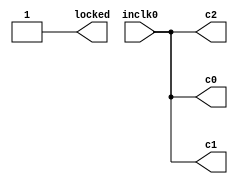
// megafunction wizard: %ALTPLL%
// GENERATION: STANDARD
// VERSION: WM1.0
// MODULE: altpll 

// ============================================================
// Megafunction Name(s):
// 			altpll
//
// Simulation Library Files(s):
// 			altera_mf
// ============================================================
// ************************************************************
// THIS IS A WIZARD-GENERATED FILE. DO NOT EDIT THIS FILE!
//
// 18.0.0 Build 614 04/24/2018 SJ Lite Edition
// ************************************************************


//Copyright (C) 2018  Intel Corporation. All rights reserved.
//Your use of Intel Corporation's design tools, logic functions 
//and other software and tools, and its AMPP partner logic 
//functions, and any output files from any of the foregoing 
//(including device programming or simulation files), and any 
//associated documentation or information are expressly subject 
//to the terms and conditions of the Intel Program License 
//Subscription Agreement, the Intel Quartus Prime License Agreement,
//the Intel FPGA IP License Agreement, or other applicable license
//agreement, including, without limitation, that your use is for
//the sole purpose of programming logic devices manufactured by
//Intel and sold by Intel or its authorized distributors.  Please
//refer to the applicable agreement for further details.


// synopsys translate_off
`timescale 1 ps / 1 ps
// synopsys translate_on
module pll (
	inclk0,
	c0,
	c1,
	c2,
	locked);

	input	  inclk0;
	output	  c0;
	output	  c1;
	output	  c2;
	output	  locked;
	
	assign c0 = inclk0;
	assign c1 = inclk0;
	assign c2 = inclk0;
	assign locked = 1'b1;

//	wire [0:0] sub_wire2 = 1'h0;
//	wire [4:0] sub_wire3;
//	wire  sub_wire7;
//	wire  sub_wire0 = inclk0;
//	wire [1:0] sub_wire1 = {sub_wire2, sub_wire0};
//	wire [2:2] sub_wire6 = sub_wire3[2:2];
//	wire [1:1] sub_wire5 = sub_wire3[1:1];
//	wire [0:0] sub_wire4 = sub_wire3[0:0];
//	wire  c0 = sub_wire4;
//	wire  c1 = sub_wire5;
//	wire  c2 = sub_wire6;
//	wire  locked = sub_wire7;

//	altpll	altpll_component (
//				.inclk (sub_wire1),
//				.clk (sub_wire3),
//				.locked (sub_wire7),
//				.activeclock (),
//				.areset (1'b0),
//				.clkbad (),
//				.clkena ({6{1'b1}}),
//				.clkloss (),
//				.clkswitch (1'b0),
//				.configupdate (1'b0),
//				.enable0 (),
//				.enable1 (),
//				.extclk (),
//				.extclkena ({4{1'b1}}),
//				.fbin (1'b1),
//				.fbmimicbidir (),
//				.fbout (),
//				.fref (),
//				.icdrclk (),
//				.pfdena (1'b1),
//				.phasecounterselect ({4{1'b1}}),
//				.phasedone (),
//				.phasestep (1'b1),
//				.phaseupdown (1'b1),
//				.pllena (1'b1),
//				.scanaclr (1'b0),
//				.scanclk (1'b0),
//				.scanclkena (1'b1),
//				.scandata (1'b0),
//				.scandataout (),
//				.scandone (),
//				.scanread (1'b0),
//				.scanwrite (1'b0),
//				.sclkout0 (),
//				.sclkout1 (),
//				.vcooverrange (),
//				.vcounderrange ());
//	defparam
//		altpll_component.bandwidth_type = "AUTO",
//		altpll_component.clk0_divide_by = 25,
//		altpll_component.clk0_duty_cycle = 50,
//		altpll_component.clk0_multiply_by = 16,
//		altpll_component.clk0_phase_shift = "0",
//		altpll_component.clk1_divide_by = 25,
//		altpll_component.clk1_duty_cycle = 50,
//		altpll_component.clk1_multiply_by = 16,
//		altpll_component.clk1_phase_shift = "-2500",
//		altpll_component.clk2_divide_by = 25,
//		altpll_component.clk2_duty_cycle = 50,
//		altpll_component.clk2_multiply_by = 24,
//		altpll_component.clk2_phase_shift = "0",
//		altpll_component.compensate_clock = "CLK0",
//		altpll_component.inclk0_input_frequency = 20000,
//		altpll_component.intended_device_family = "Cyclone IV E",
//		altpll_component.lpm_hint = "CBX_MODULE_PREFIX=pll",
//		altpll_component.lpm_type = "altpll",
//		altpll_component.operation_mode = "NORMAL",
//		altpll_component.pll_type = "AUTO",
//		altpll_component.port_activeclock = "PORT_UNUSED",
//		altpll_component.port_areset = "PORT_UNUSED",
//		altpll_component.port_clkbad0 = "PORT_UNUSED",
//		altpll_component.port_clkbad1 = "PORT_UNUSED",
//		altpll_component.port_clkloss = "PORT_UNUSED",
//		altpll_component.port_clkswitch = "PORT_UNUSED",
//		altpll_component.port_configupdate = "PORT_UNUSED",
//		altpll_component.port_fbin = "PORT_UNUSED",
//		altpll_component.port_inclk0 = "PORT_USED",
//		altpll_component.port_inclk1 = "PORT_UNUSED",
//		altpll_component.port_locked = "PORT_USED",
//		altpll_component.port_pfdena = "PORT_UNUSED",
//		altpll_component.port_phasecounterselect = "PORT_UNUSED",
//		altpll_component.port_phasedone = "PORT_UNUSED",
//		altpll_component.port_phasestep = "PORT_UNUSED",
//		altpll_component.port_phaseupdown = "PORT_UNUSED",
//		altpll_component.port_pllena = "PORT_UNUSED",
//		altpll_component.port_scanaclr = "PORT_UNUSED",
//		altpll_component.port_scanclk = "PORT_UNUSED",
//		altpll_component.port_scanclkena = "PORT_UNUSED",
//		altpll_component.port_scandata = "PORT_UNUSED",
//		altpll_component.port_scandataout = "PORT_UNUSED",
//		altpll_component.port_scandone = "PORT_UNUSED",
//		altpll_component.port_scanread = "PORT_UNUSED",
//		altpll_component.port_scanwrite = "PORT_UNUSED",
//		altpll_component.port_clk0 = "PORT_USED",
//		altpll_component.port_clk1 = "PORT_USED",
//		altpll_component.port_clk2 = "PORT_USED",
//		altpll_component.port_clk3 = "PORT_UNUSED",
//		altpll_component.port_clk4 = "PORT_UNUSED",
//		altpll_component.port_clk5 = "PORT_UNUSED",
//		altpll_component.port_clkena0 = "PORT_UNUSED",
//		altpll_component.port_clkena1 = "PORT_UNUSED",
//		altpll_component.port_clkena2 = "PORT_UNUSED",
//		altpll_component.port_clkena3 = "PORT_UNUSED",
//		altpll_component.port_clkena4 = "PORT_UNUSED",
//		altpll_component.port_clkena5 = "PORT_UNUSED",
//		altpll_component.port_extclk0 = "PORT_UNUSED",
//		altpll_component.port_extclk1 = "PORT_UNUSED",
//		altpll_component.port_extclk2 = "PORT_UNUSED",
//		altpll_component.port_extclk3 = "PORT_UNUSED",
//		altpll_component.self_reset_on_loss_lock = "OFF",
//		altpll_component.width_clock = 5;


endmodule

//// ============================================================
//// CNX file retrieval info
//// ============================================================
//// Retrieval info: PRIVATE: ACTIVECLK_CHECK STRING "0"
//// Retrieval info: PRIVATE: BANDWIDTH STRING "1.000"
//// Retrieval info: PRIVATE: BANDWIDTH_FEATURE_ENABLED STRING "1"
//// Retrieval info: PRIVATE: BANDWIDTH_FREQ_UNIT STRING "MHz"
//// Retrieval info: PRIVATE: BANDWIDTH_PRESET STRING "Low"
//// Retrieval info: PRIVATE: BANDWIDTH_USE_AUTO STRING "1"
//// Retrieval info: PRIVATE: BANDWIDTH_USE_PRESET STRING "0"
//// Retrieval info: PRIVATE: CLKBAD_SWITCHOVER_CHECK STRING "0"
//// Retrieval info: PRIVATE: CLKLOSS_CHECK STRING "0"
//// Retrieval info: PRIVATE: CLKSWITCH_CHECK STRING "0"
//// Retrieval info: PRIVATE: CNX_NO_COMPENSATE_RADIO STRING "0"
//// Retrieval info: PRIVATE: CREATE_CLKBAD_CHECK STRING "0"
//// Retrieval info: PRIVATE: CREATE_INCLK1_CHECK STRING "0"
//// Retrieval info: PRIVATE: CUR_DEDICATED_CLK STRING "c0"
//// Retrieval info: PRIVATE: CUR_FBIN_CLK STRING "c0"
//// Retrieval info: PRIVATE: DEVICE_SPEED_GRADE STRING "8"
//// Retrieval info: PRIVATE: DIV_FACTOR0 NUMERIC "62"
//// Retrieval info: PRIVATE: DIV_FACTOR1 NUMERIC "62"
//// Retrieval info: PRIVATE: DIV_FACTOR2 NUMERIC "130"
//// Retrieval info: PRIVATE: DUTY_CYCLE0 STRING "50.00000000"
//// Retrieval info: PRIVATE: DUTY_CYCLE1 STRING "50.00000000"
//// Retrieval info: PRIVATE: DUTY_CYCLE2 STRING "50.00000000"
//// Retrieval info: PRIVATE: EFF_OUTPUT_FREQ_VALUE0 STRING "32.000000"
//// Retrieval info: PRIVATE: EFF_OUTPUT_FREQ_VALUE1 STRING "32.000000"
//// Retrieval info: PRIVATE: EFF_OUTPUT_FREQ_VALUE2 STRING "48.000000"
//// Retrieval info: PRIVATE: EXPLICIT_SWITCHOVER_COUNTER STRING "0"
//// Retrieval info: PRIVATE: EXT_FEEDBACK_RADIO STRING "0"
//// Retrieval info: PRIVATE: GLOCKED_COUNTER_EDIT_CHANGED STRING "1"
//// Retrieval info: PRIVATE: GLOCKED_FEATURE_ENABLED STRING "0"
//// Retrieval info: PRIVATE: GLOCKED_MODE_CHECK STRING "0"
//// Retrieval info: PRIVATE: GLOCK_COUNTER_EDIT NUMERIC "1048575"
//// Retrieval info: PRIVATE: HAS_MANUAL_SWITCHOVER STRING "1"
//// Retrieval info: PRIVATE: INCLK0_FREQ_EDIT STRING "50.000"
//// Retrieval info: PRIVATE: INCLK0_FREQ_UNIT_COMBO STRING "MHz"
//// Retrieval info: PRIVATE: INCLK1_FREQ_EDIT STRING "100.000"
//// Retrieval info: PRIVATE: INCLK1_FREQ_EDIT_CHANGED STRING "1"
//// Retrieval info: PRIVATE: INCLK1_FREQ_UNIT_CHANGED STRING "1"
//// Retrieval info: PRIVATE: INCLK1_FREQ_UNIT_COMBO STRING "MHz"
//// Retrieval info: PRIVATE: INTENDED_DEVICE_FAMILY STRING "Cyclone IV E"
//// Retrieval info: PRIVATE: INT_FEEDBACK__MODE_RADIO STRING "1"
//// Retrieval info: PRIVATE: LOCKED_OUTPUT_CHECK STRING "1"
//// Retrieval info: PRIVATE: LONG_SCAN_RADIO STRING "1"
//// Retrieval info: PRIVATE: LVDS_MODE_DATA_RATE STRING "Not Available"
//// Retrieval info: PRIVATE: LVDS_MODE_DATA_RATE_DIRTY NUMERIC "0"
//// Retrieval info: PRIVATE: LVDS_PHASE_SHIFT_UNIT0 STRING "deg"
//// Retrieval info: PRIVATE: LVDS_PHASE_SHIFT_UNIT1 STRING "ps"
//// Retrieval info: PRIVATE: LVDS_PHASE_SHIFT_UNIT2 STRING "ps"
//// Retrieval info: PRIVATE: MIG_DEVICE_SPEED_GRADE STRING "Any"
//// Retrieval info: PRIVATE: MIRROR_CLK0 STRING "0"
//// Retrieval info: PRIVATE: MIRROR_CLK1 STRING "0"
//// Retrieval info: PRIVATE: MIRROR_CLK2 STRING "0"
//// Retrieval info: PRIVATE: MULT_FACTOR0 NUMERIC "77"
//// Retrieval info: PRIVATE: MULT_FACTOR1 NUMERIC "77"
//// Retrieval info: PRIVATE: MULT_FACTOR2 NUMERIC "77"
//// Retrieval info: PRIVATE: NORMAL_MODE_RADIO STRING "1"
//// Retrieval info: PRIVATE: OUTPUT_FREQ0 STRING "32.00000000"
//// Retrieval info: PRIVATE: OUTPUT_FREQ1 STRING "32.00000000"
//// Retrieval info: PRIVATE: OUTPUT_FREQ2 STRING "48.00000000"
//// Retrieval info: PRIVATE: OUTPUT_FREQ_MODE0 STRING "1"
//// Retrieval info: PRIVATE: OUTPUT_FREQ_MODE1 STRING "1"
//// Retrieval info: PRIVATE: OUTPUT_FREQ_MODE2 STRING "1"
//// Retrieval info: PRIVATE: OUTPUT_FREQ_UNIT0 STRING "MHz"
//// Retrieval info: PRIVATE: OUTPUT_FREQ_UNIT1 STRING "MHz"
//// Retrieval info: PRIVATE: OUTPUT_FREQ_UNIT2 STRING "MHz"
//// Retrieval info: PRIVATE: PHASE_RECONFIG_FEATURE_ENABLED STRING "1"
//// Retrieval info: PRIVATE: PHASE_RECONFIG_INPUTS_CHECK STRING "0"
//// Retrieval info: PRIVATE: PHASE_SHIFT0 STRING "0.00000000"
//// Retrieval info: PRIVATE: PHASE_SHIFT1 STRING "-2500.00000000"
//// Retrieval info: PRIVATE: PHASE_SHIFT2 STRING "0.00000000"
//// Retrieval info: PRIVATE: PHASE_SHIFT_STEP_ENABLED_CHECK STRING "0"
//// Retrieval info: PRIVATE: PHASE_SHIFT_UNIT0 STRING "deg"
//// Retrieval info: PRIVATE: PHASE_SHIFT_UNIT1 STRING "ps"
//// Retrieval info: PRIVATE: PHASE_SHIFT_UNIT2 STRING "ps"
//// Retrieval info: PRIVATE: PLL_ADVANCED_PARAM_CHECK STRING "0"
//// Retrieval info: PRIVATE: PLL_ARESET_CHECK STRING "0"
//// Retrieval info: PRIVATE: PLL_AUTOPLL_CHECK NUMERIC "1"
//// Retrieval info: PRIVATE: PLL_ENHPLL_CHECK NUMERIC "0"
//// Retrieval info: PRIVATE: PLL_FASTPLL_CHECK NUMERIC "0"
//// Retrieval info: PRIVATE: PLL_FBMIMIC_CHECK STRING "0"
//// Retrieval info: PRIVATE: PLL_LVDS_PLL_CHECK NUMERIC "0"
//// Retrieval info: PRIVATE: PLL_PFDENA_CHECK STRING "0"
//// Retrieval info: PRIVATE: PLL_TARGET_HARCOPY_CHECK NUMERIC "0"
//// Retrieval info: PRIVATE: PRIMARY_CLK_COMBO STRING "inclk0"
//// Retrieval info: PRIVATE: RECONFIG_FILE STRING "pll.mif"
//// Retrieval info: PRIVATE: SACN_INPUTS_CHECK STRING "0"
//// Retrieval info: PRIVATE: SCAN_FEATURE_ENABLED STRING "1"
//// Retrieval info: PRIVATE: SELF_RESET_LOCK_LOSS STRING "0"
//// Retrieval info: PRIVATE: SHORT_SCAN_RADIO STRING "0"
//// Retrieval info: PRIVATE: SPREAD_FEATURE_ENABLED STRING "0"
//// Retrieval info: PRIVATE: SPREAD_FREQ STRING "50.000"
//// Retrieval info: PRIVATE: SPREAD_FREQ_UNIT STRING "KHz"
//// Retrieval info: PRIVATE: SPREAD_PERCENT STRING "0.500"
//// Retrieval info: PRIVATE: SPREAD_USE STRING "0"
//// Retrieval info: PRIVATE: SRC_SYNCH_COMP_RADIO STRING "0"
//// Retrieval info: PRIVATE: STICKY_CLK0 STRING "1"
//// Retrieval info: PRIVATE: STICKY_CLK1 STRING "1"
//// Retrieval info: PRIVATE: STICKY_CLK2 STRING "1"
//// Retrieval info: PRIVATE: SWITCHOVER_COUNT_EDIT NUMERIC "1"
//// Retrieval info: PRIVATE: SWITCHOVER_FEATURE_ENABLED STRING "1"
//// Retrieval info: PRIVATE: SYNTH_WRAPPER_GEN_POSTFIX STRING "0"
//// Retrieval info: PRIVATE: USE_CLK0 STRING "1"
//// Retrieval info: PRIVATE: USE_CLK1 STRING "1"
//// Retrieval info: PRIVATE: USE_CLK2 STRING "1"
//// Retrieval info: PRIVATE: USE_CLKENA0 STRING "0"
//// Retrieval info: PRIVATE: USE_CLKENA1 STRING "0"
//// Retrieval info: PRIVATE: USE_CLKENA2 STRING "0"
//// Retrieval info: PRIVATE: USE_MIL_SPEED_GRADE NUMERIC "0"
//// Retrieval info: PRIVATE: ZERO_DELAY_RADIO STRING "0"
//// Retrieval info: LIBRARY: altera_mf altera_mf.altera_mf_components.all
//// Retrieval info: CONSTANT: BANDWIDTH_TYPE STRING "AUTO"
//// Retrieval info: CONSTANT: CLK0_DIVIDE_BY NUMERIC "25"
//// Retrieval info: CONSTANT: CLK0_DUTY_CYCLE NUMERIC "50"
//// Retrieval info: CONSTANT: CLK0_MULTIPLY_BY NUMERIC "16"
//// Retrieval info: CONSTANT: CLK0_PHASE_SHIFT STRING "0"
//// Retrieval info: CONSTANT: CLK1_DIVIDE_BY NUMERIC "25"
//// Retrieval info: CONSTANT: CLK1_DUTY_CYCLE NUMERIC "50"
//// Retrieval info: CONSTANT: CLK1_MULTIPLY_BY NUMERIC "16"
//// Retrieval info: CONSTANT: CLK1_PHASE_SHIFT STRING "-2500"
//// Retrieval info: CONSTANT: CLK2_DIVIDE_BY NUMERIC "25"
//// Retrieval info: CONSTANT: CLK2_DUTY_CYCLE NUMERIC "50"
//// Retrieval info: CONSTANT: CLK2_MULTIPLY_BY NUMERIC "24"
//// Retrieval info: CONSTANT: CLK2_PHASE_SHIFT STRING "0"
//// Retrieval info: CONSTANT: COMPENSATE_CLOCK STRING "CLK0"
//// Retrieval info: CONSTANT: INCLK0_INPUT_FREQUENCY NUMERIC "20000"
//// Retrieval info: CONSTANT: INTENDED_DEVICE_FAMILY STRING "Cyclone IV E"
//// Retrieval info: CONSTANT: LPM_TYPE STRING "altpll"
//// Retrieval info: CONSTANT: OPERATION_MODE STRING "NORMAL"
//// Retrieval info: CONSTANT: PLL_TYPE STRING "AUTO"
//// Retrieval info: CONSTANT: PORT_ACTIVECLOCK STRING "PORT_UNUSED"
//// Retrieval info: CONSTANT: PORT_ARESET STRING "PORT_UNUSED"
//// Retrieval info: CONSTANT: PORT_CLKBAD0 STRING "PORT_UNUSED"
//// Retrieval info: CONSTANT: PORT_CLKBAD1 STRING "PORT_UNUSED"
//// Retrieval info: CONSTANT: PORT_CLKLOSS STRING "PORT_UNUSED"
//// Retrieval info: CONSTANT: PORT_CLKSWITCH STRING "PORT_UNUSED"
//// Retrieval info: CONSTANT: PORT_CONFIGUPDATE STRING "PORT_UNUSED"
//// Retrieval info: CONSTANT: PORT_FBIN STRING "PORT_UNUSED"
//// Retrieval info: CONSTANT: PORT_INCLK0 STRING "PORT_USED"
//// Retrieval info: CONSTANT: PORT_INCLK1 STRING "PORT_UNUSED"
//// Retrieval info: CONSTANT: PORT_LOCKED STRING "PORT_USED"
//// Retrieval info: CONSTANT: PORT_PFDENA STRING "PORT_UNUSED"
//// Retrieval info: CONSTANT: PORT_PHASECOUNTERSELECT STRING "PORT_UNUSED"
//// Retrieval info: CONSTANT: PORT_PHASEDONE STRING "PORT_UNUSED"
//// Retrieval info: CONSTANT: PORT_PHASESTEP STRING "PORT_UNUSED"
//// Retrieval info: CONSTANT: PORT_PHASEUPDOWN STRING "PORT_UNUSED"
//// Retrieval info: CONSTANT: PORT_PLLENA STRING "PORT_UNUSED"
//// Retrieval info: CONSTANT: PORT_SCANACLR STRING "PORT_UNUSED"
//// Retrieval info: CONSTANT: PORT_SCANCLK STRING "PORT_UNUSED"
//// Retrieval info: CONSTANT: PORT_SCANCLKENA STRING "PORT_UNUSED"
//// Retrieval info: CONSTANT: PORT_SCANDATA STRING "PORT_UNUSED"
//// Retrieval info: CONSTANT: PORT_SCANDATAOUT STRING "PORT_UNUSED"
//// Retrieval info: CONSTANT: PORT_SCANDONE STRING "PORT_UNUSED"
//// Retrieval info: CONSTANT: PORT_SCANREAD STRING "PORT_UNUSED"
//// Retrieval info: CONSTANT: PORT_SCANWRITE STRING "PORT_UNUSED"
//// Retrieval info: CONSTANT: PORT_clk0 STRING "PORT_USED"
//// Retrieval info: CONSTANT: PORT_clk1 STRING "PORT_USED"
//// Retrieval info: CONSTANT: PORT_clk2 STRING "PORT_USED"
//// Retrieval info: CONSTANT: PORT_clk3 STRING "PORT_UNUSED"
//// Retrieval info: CONSTANT: PORT_clk4 STRING "PORT_UNUSED"
//// Retrieval info: CONSTANT: PORT_clk5 STRING "PORT_UNUSED"
//// Retrieval info: CONSTANT: PORT_clkena0 STRING "PORT_UNUSED"
//// Retrieval info: CONSTANT: PORT_clkena1 STRING "PORT_UNUSED"
//// Retrieval info: CONSTANT: PORT_clkena2 STRING "PORT_UNUSED"
//// Retrieval info: CONSTANT: PORT_clkena3 STRING "PORT_UNUSED"
//// Retrieval info: CONSTANT: PORT_clkena4 STRING "PORT_UNUSED"
//// Retrieval info: CONSTANT: PORT_clkena5 STRING "PORT_UNUSED"
//// Retrieval info: CONSTANT: PORT_extclk0 STRING "PORT_UNUSED"
//// Retrieval info: CONSTANT: PORT_extclk1 STRING "PORT_UNUSED"
//// Retrieval info: CONSTANT: PORT_extclk2 STRING "PORT_UNUSED"
//// Retrieval info: CONSTANT: PORT_extclk3 STRING "PORT_UNUSED"
//// Retrieval info: CONSTANT: SELF_RESET_ON_LOSS_LOCK STRING "OFF"
//// Retrieval info: CONSTANT: WIDTH_CLOCK NUMERIC "5"
//// Retrieval info: USED_PORT: @clk 0 0 5 0 OUTPUT_CLK_EXT VCC "@clk[4..0]"
//// Retrieval info: USED_PORT: c0 0 0 0 0 OUTPUT_CLK_EXT VCC "c0"
//// Retrieval info: USED_PORT: c1 0 0 0 0 OUTPUT_CLK_EXT VCC "c1"
//// Retrieval info: USED_PORT: c2 0 0 0 0 OUTPUT_CLK_EXT VCC "c2"
//// Retrieval info: USED_PORT: inclk0 0 0 0 0 INPUT_CLK_EXT GND "inclk0"
//// Retrieval info: USED_PORT: locked 0 0 0 0 OUTPUT GND "locked"
//// Retrieval info: CONNECT: @inclk 0 0 1 1 GND 0 0 0 0
//// Retrieval info: CONNECT: @inclk 0 0 1 0 inclk0 0 0 0 0
//// Retrieval info: CONNECT: c0 0 0 0 0 @clk 0 0 1 0
//// Retrieval info: CONNECT: c1 0 0 0 0 @clk 0 0 1 1
//// Retrieval info: CONNECT: c2 0 0 0 0 @clk 0 0 1 2
//// Retrieval info: CONNECT: locked 0 0 0 0 @locked 0 0 0 0
//// Retrieval info: GEN_FILE: TYPE_NORMAL pll.v TRUE
//// Retrieval info: GEN_FILE: TYPE_NORMAL pll.ppf TRUE
//// Retrieval info: GEN_FILE: TYPE_NORMAL pll.inc FALSE
//// Retrieval info: GEN_FILE: TYPE_NORMAL pll.cmp FALSE
//// Retrieval info: GEN_FILE: TYPE_NORMAL pll.bsf FALSE
//// Retrieval info: GEN_FILE: TYPE_NORMAL pll_inst.v FALSE
//// Retrieval info: GEN_FILE: TYPE_NORMAL pll_bb.v FALSE
//// Retrieval info: LIB_FILE: altera_mf
//// Retrieval info: CBX_MODULE_PREFIX: ON